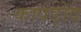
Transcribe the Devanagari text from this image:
कापड़ोद